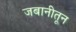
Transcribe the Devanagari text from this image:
जबानीतून